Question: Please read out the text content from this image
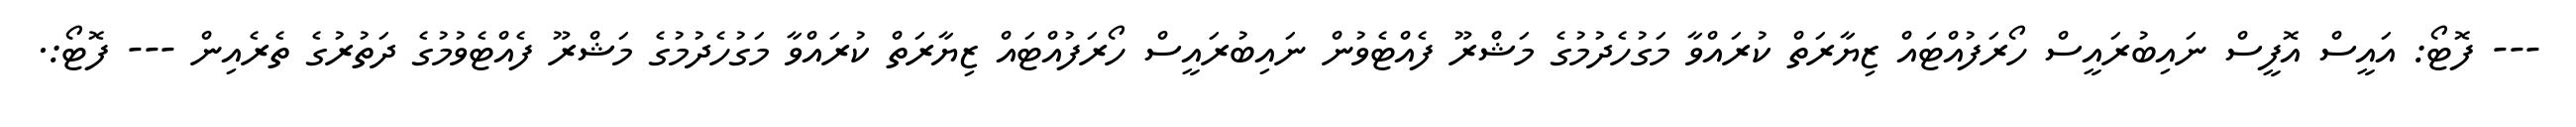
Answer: --- ފޮޓޯ: އައީސް އޮފީސް ނައިބުރައީސް ހޯރަފުއްޓައް ޒިޔާރަތް ކުރައްވާ މަގުހެދުމުގެ މަޝްރޫ ފެއްޓެވުން ނައިބުރައީސް ހޯރަފުއްޓައް ޒިޔާރަތް ކުރައްވާ މަގުހެދުމުގެ މަޝްރޫ ފެއްޓެވުމުގެ ދަތުރުގެ ތެރެއިން --- ފޮޓޯ:.